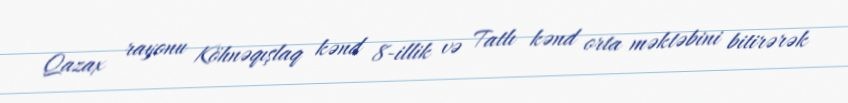
Qazax rayonu Köhnəqışlaq kənd 8-illik və Tatlı kənd orta məktəbini bitirərək